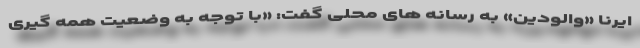
ایرنا «والودین» به رسانه های محلی گفت: «با توجه به وضعیت همه گیری